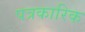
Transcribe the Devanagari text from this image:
पत्रकारिक